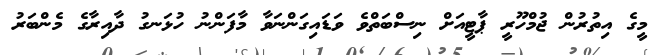
މީގެ އިތުރުން ޖުމްހޫރީ ޕާޓީއަށް ނިސްބަތްވެ ވަޑައިގަންނަވާ މާފަންނު ހުޅަނގު ދާއިރާގެ މެންބަރު